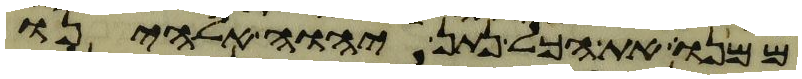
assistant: ממנו את הכל נתן יהוה אלהינו